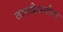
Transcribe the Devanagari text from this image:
तारखेअगोदर